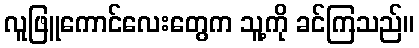
လူဖြူကောင်လေးတွေက သူ့ကို ခင်ကြသည်။